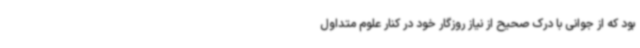
بود که از جوانی با درک صحیح از نیاز روزگار خود در کنار علوم متداول